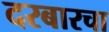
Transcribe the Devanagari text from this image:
दरबारचा